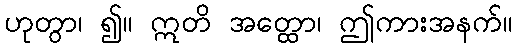
ဟုတွာ၊ ၍။ ဣတိ အတ္ထော၊ ဤကားအနက်။